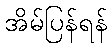
အိမ်ပြန်ရန်